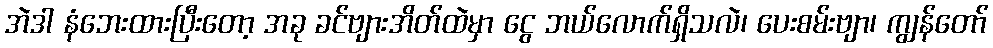
အဲဒါ နံဘေးထားပြီးတော့ အခု ခင်ဗျားအိတ်ထဲမှာ ငွေ ဘယ်လောက်ရှိသလဲ၊ ပေးစမ်းဗျာ၊ ကျွန်တော်